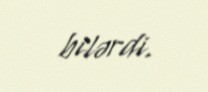
bilərdi.